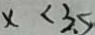
\times < 3 5